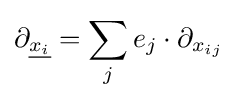
\partial _{\underline {x_{i}}}=\sum _{j}e_{j}\cdot \partial _{x_{ij}}